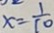
x = \frac { 1 } { 1 0 }